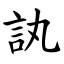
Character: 訙